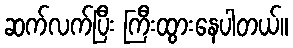
ဆက်လက်ပြီး ကြီးထွားနေပါတယ်။